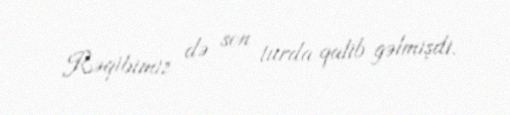
Rəqibimiz də son turda qalib gəlmişdi.